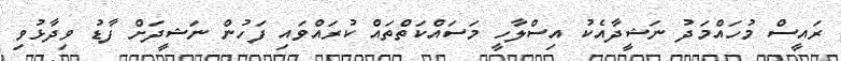
ރައީސް މުހައްމަދު ނަޝީދާއެކު އިސްލާހީ މަސައްކަތްތައް ކުރައްވައި ފަހުން ނަޝީދަށް ފާޑު ވިދާޅުވި